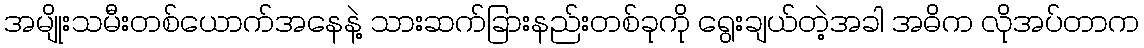
အမျိုးသမီးတစ်ယောက်အနေနဲ့ သားဆက်ခြားနည်းတစ်ခုကို ရွေးချယ်တဲ့အခါ အဓိက လိုအပ်တာက